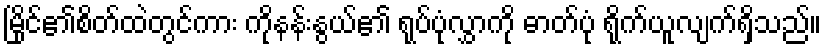
မြိုင်၏စိတ်ထဲတွင်ကား ကိုနန်းနွယ်၏ ရုပ်ပုံလွှာကို ဓာတ်ပုံ ရိုက်ယူလျက်ရှိသည်။